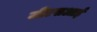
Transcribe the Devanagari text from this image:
जीएसआई